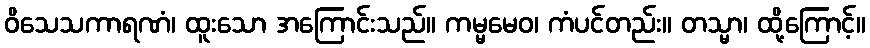
ဝိသေသကာရဏံ၊ ထူးသော အကြောင်းသည်။ ကမ္မမေဝ၊ ကံပင်တည်း။ တသ္မာ၊ ထို့ကြောင့်။